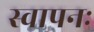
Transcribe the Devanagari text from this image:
स्वापनः